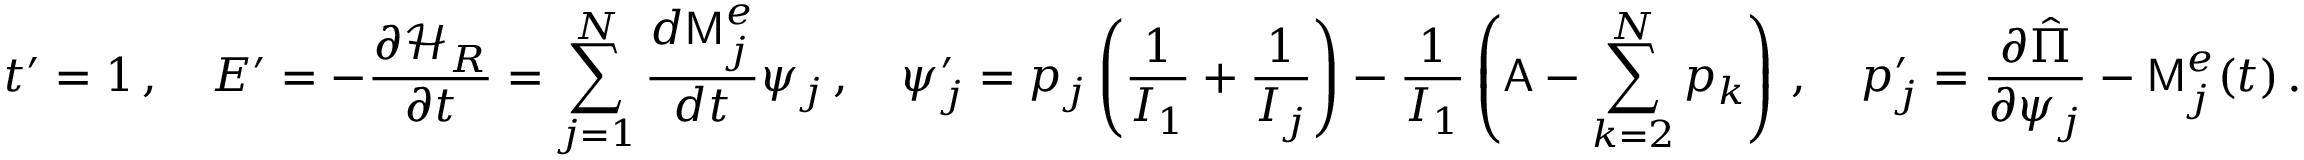
t ^ { \prime } = 1 \, , \quad E ^ { \prime } = - \frac { \partial \mathcal { H } _ { R } } { \partial t } = \sum _ { j = 1 } ^ { N } \frac { d \mathsf { M } _ { j } ^ { e } } { d t } \psi _ { j } \, , \quad \psi _ { j } ^ { \prime } = p _ { j } \left( \frac { 1 } { I _ { 1 } } + \frac { 1 } { I _ { j } } \right) - \frac { 1 } { I _ { 1 } } \left( \mathsf { A } - \sum _ { k = 2 } ^ { N } p _ { k } \right) \, , \quad p _ { j } ^ { \prime } = \frac { \partial \hat { \Pi } } { \partial \psi _ { j } } - \mathsf { M } _ { j } ^ { e } ( t ) \, .